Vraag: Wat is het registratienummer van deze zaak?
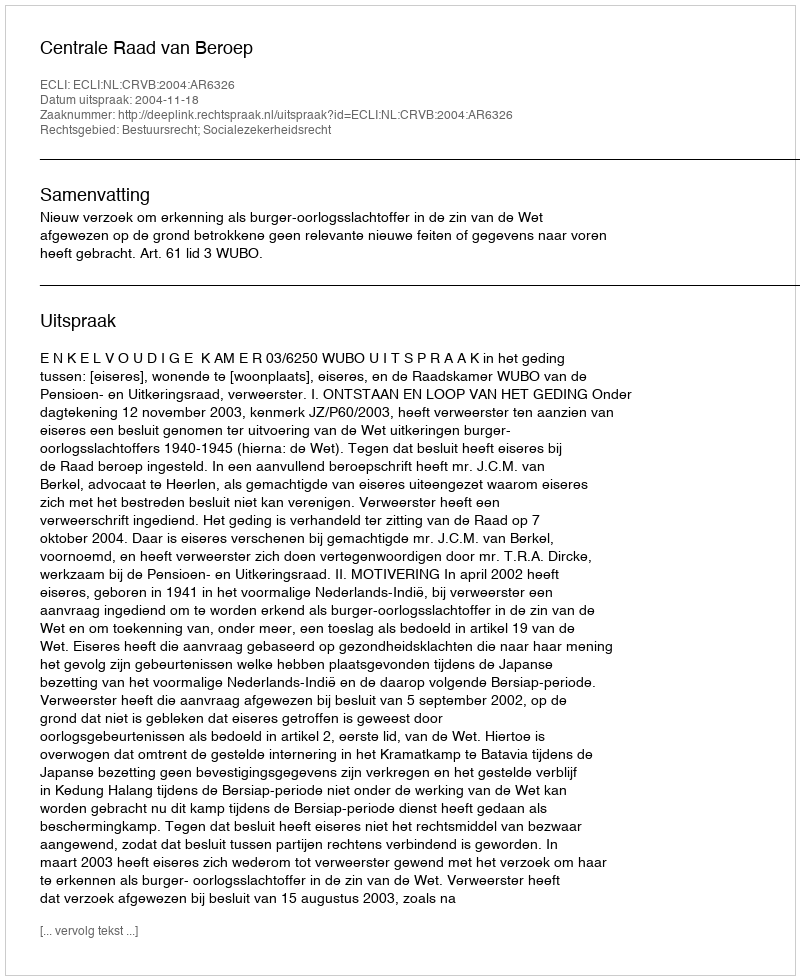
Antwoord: http://deeplink.rechtspraak.nl/uitspraak?id=ECLI:NL:CRVB:2004:AR6326